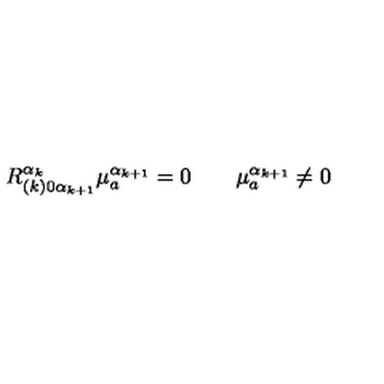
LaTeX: R _ { ( k ) 0 \alpha _ { k + 1 } } ^ { \alpha _ { k } } \mu _ { a } ^ { \alpha _ { k + 1 } } = 0 \qquad \mu _ { a } ^ { \alpha _ { k + 1 } } \neq 0